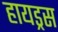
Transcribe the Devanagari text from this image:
हायड्रस